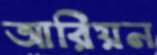
আরিয়ন